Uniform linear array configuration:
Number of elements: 48
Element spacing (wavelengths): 0.5
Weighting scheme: exponential
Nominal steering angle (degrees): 30
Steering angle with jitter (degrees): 31.596
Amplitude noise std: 0.05
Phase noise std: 0.05

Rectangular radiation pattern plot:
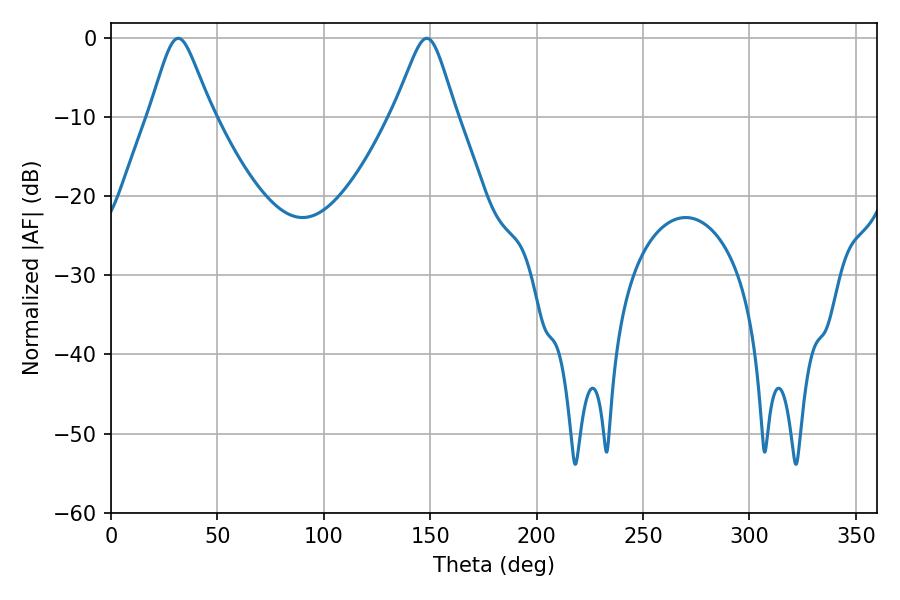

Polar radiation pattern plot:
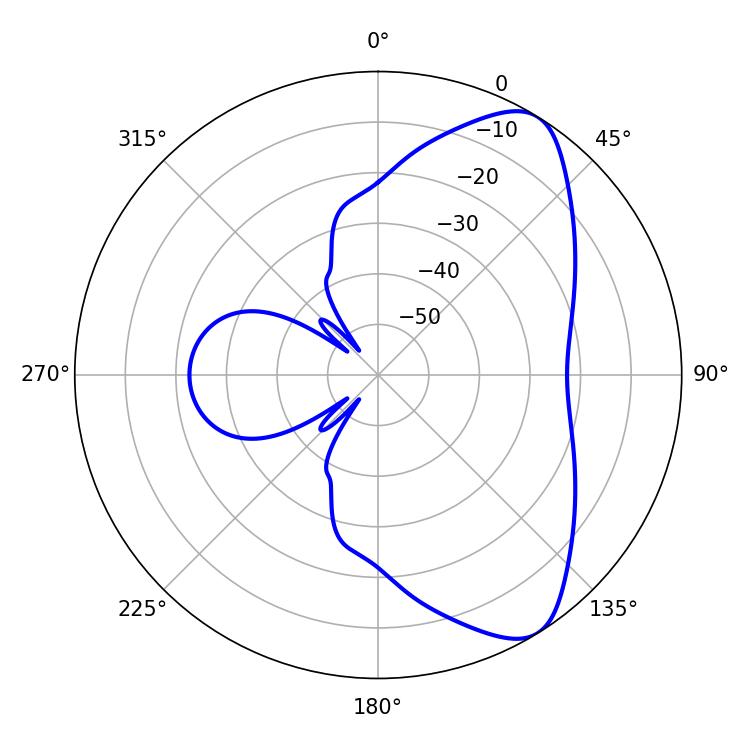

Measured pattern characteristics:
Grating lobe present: FALSE
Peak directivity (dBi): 7.865
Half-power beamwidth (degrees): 14.04
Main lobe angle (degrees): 31.68